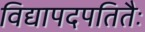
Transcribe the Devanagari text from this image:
विद्यापदपतितैः